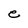
Character: e